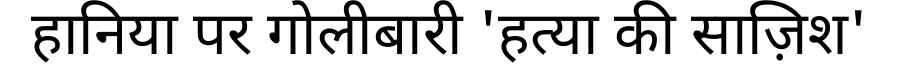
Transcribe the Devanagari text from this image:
हानिया पर गोलीबारी 'हत्या की साज़िश'